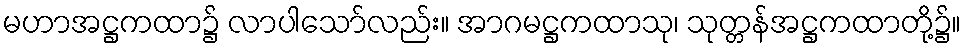
မဟာအဋ္ဌကထာ၌ လာပါသော်လည်း။ အာဂမဋ္ဌကထာသု၊ သုတ္တန်အဋ္ဌကထာတို့၌။